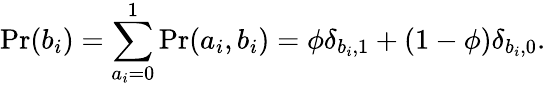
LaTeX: \mathrm{Pr}(b_{i})=\sum_{a_{i}=0}^{1}\mathrm{Pr}(a_{i},b_{i})=\phi\delta_{b_{i},1}+(1-\phi)\delta_{b_{i},0}.